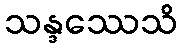
သန္ဒဿေသိ